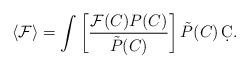
LaTeX: \begin{align*}\langle\mathcal{F}\rangle=\int\left[\frac{\mathcal{F}(C)P(C)}{\tilde{P}(C)}\right]\tilde{P}(C)\,\d C.\end{align*}